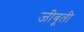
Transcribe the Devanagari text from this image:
जीबूती